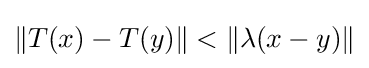
\|T(x)-T(y)\|<\|\lambda (x-y)\|